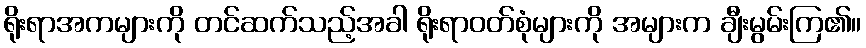
ရိုးရာအကများကို တင်ဆက်သည့်အခါ ရိုးရာဝတ်စုံများကို အများက ချီးမွမ်းကြ၏။